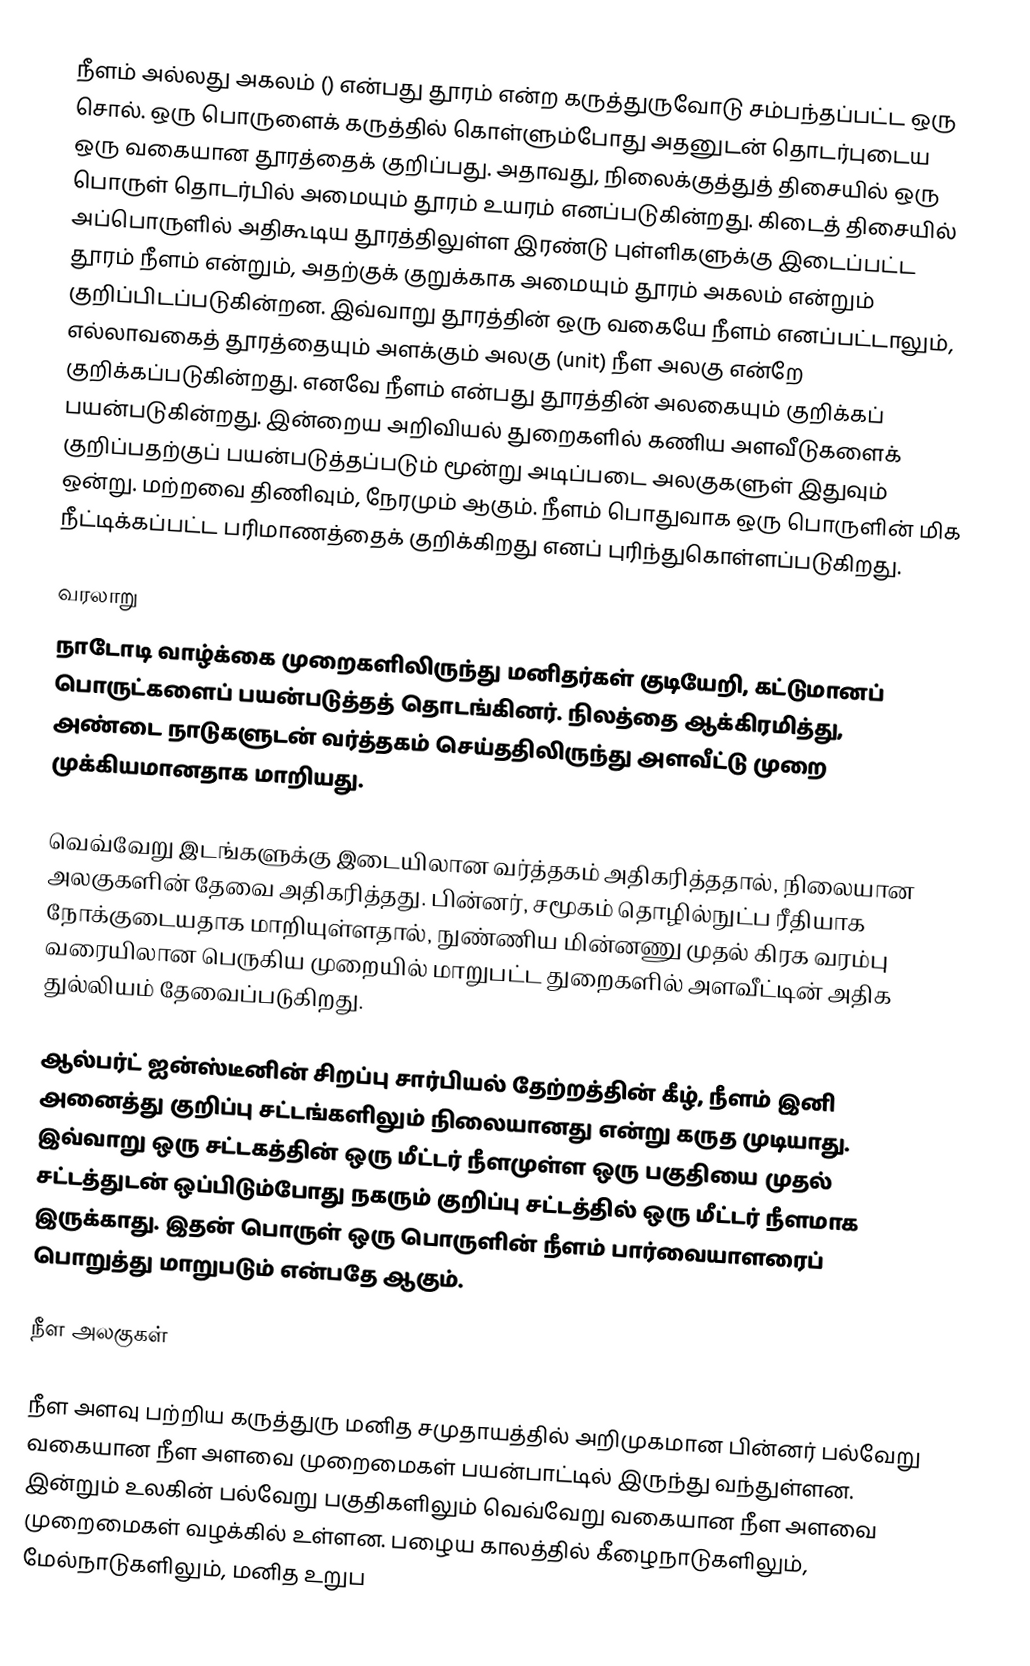
நீளம் அல்லது அகலம் ()  என்பது தூரம் என்ற கருத்துருவோடு சம்பந்தப்பட்ட ஒரு சொல். ஒரு பொருளைக் கருத்தில் கொள்ளும்போது அதனுடன் தொடர்புடைய ஒரு வகையான தூரத்தைக் குறிப்பது. அதாவது, நிலைக்குத்துத் திசையில் ஒரு பொருள் தொடர்பில் அமையும் தூரம் உயரம் எனப்படுகின்றது. கிடைத் திசையில் அப்பொருளில் அதிகூடிய தூரத்திலுள்ள இரண்டு புள்ளிகளுக்கு இடைப்பட்ட தூரம் நீளம் என்றும், அதற்குக் குறுக்காக அமையும் தூரம் அகலம் என்றும் குறிப்பிடப்படுகின்றன. இவ்வாறு தூரத்தின் ஒரு வகையே நீளம் எனப்பட்டாலும், எல்லாவகைத் தூரத்தையும் அளக்கும் அலகு (unit) நீள அலகு என்றே குறிக்கப்படுகின்றது. எனவே நீளம் என்பது தூரத்தின் அலகையும் குறிக்கப் பயன்படுகின்றது. இன்றைய அறிவியல் துறைகளில் கணிய அளவீடுகளைக் குறிப்பதற்குப் பயன்படுத்தப்படும் மூன்று அடிப்படை அலகுகளுள் இதுவும் ஒன்று. மற்றவை திணிவும், நேரமும் ஆகும். நீளம் பொதுவாக ஒரு பொருளின் மிக நீட்டிக்கப்பட்ட பரிமாணத்தைக் குறிக்கிறது எனப் புரிந்துகொள்ளப்படுகிறது.

வரலாறு
நாடோடி வாழ்க்கை முறைகளிலிருந்து மனிதர்கள் குடியேறி, கட்டுமானப் பொருட்களைப் பயன்படுத்தத் தொடங்கினர். நிலத்தை ஆக்கிரமித்து, அண்டை நாடுகளுடன் வர்த்தகம் செய்ததிலிருந்து அளவீட்டு முறை முக்கியமானதாக மாறியது.

வெவ்வேறு இடங்களுக்கு இடையிலான வர்த்தகம் அதிகரித்ததால், நிலையான அலகுகளின் தேவை அதிகரித்தது. பின்னர், சமூகம் தொழில்நுட்ப ரீதியாக நோக்குடையதாக மாறியுள்ளதால், நுண்ணிய மின்னணு  முதல் கிரக வரம்பு வரையிலான பெருகிய முறையில் மாறுபட்ட துறைகளில் அளவீட்டின் அதிக துல்லியம் தேவைப்படுகிறது.

ஆல்பர்ட் ஐன்ஸ்டீனின் சிறப்பு சார்பியல் தேற்றத்தின் கீழ், நீளம் இனி அனைத்து குறிப்பு சட்டங்களிலும்  நிலையானது என்று கருத முடியாது. இவ்வாறு ஒரு சட்டகத்தின் ஒரு மீட்டர் நீளமுள்ள ஒரு பகுதியை முதல் சட்டத்துடன் ஒப்பிடும்போது நகரும் குறிப்பு சட்டத்தில் ஒரு மீட்டர் நீளமாக இருக்காது. இதன் பொருள் ஒரு பொருளின் நீளம் பார்வையாளரைப் பொறுத்து மாறுபடும் என்பதே ஆகும்.

நீள அலகுகள்

நீள அளவு பற்றிய கருத்துரு மனித சமுதாயத்தில் அறிமுகமான பின்னர் பல்வேறு வகையான நீள அளவை முறைமைகள் பயன்பாட்டில் இருந்து வந்துள்ளன. இன்றும் உலகின் பல்வேறு பகுதிகளிலும் வெவ்வேறு வகையான நீள அளவை முறைமைகள் வழக்கில் உள்ளன. பழைய காலத்தில் கீழைநாடுகளிலும், மேல்நாடுகளிலும், மனித உறுப